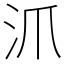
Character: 沠